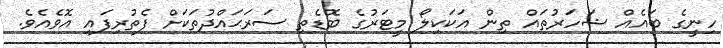
ހިނީގެ ބައެއް ޝަހަރުތައް ތިން އަކަކިލޯ މީޓަރުގެ ބޮޑެތި ސަރަޙައްދުތަކަށް ފެތުރިފައި އޮވެއެވެ.